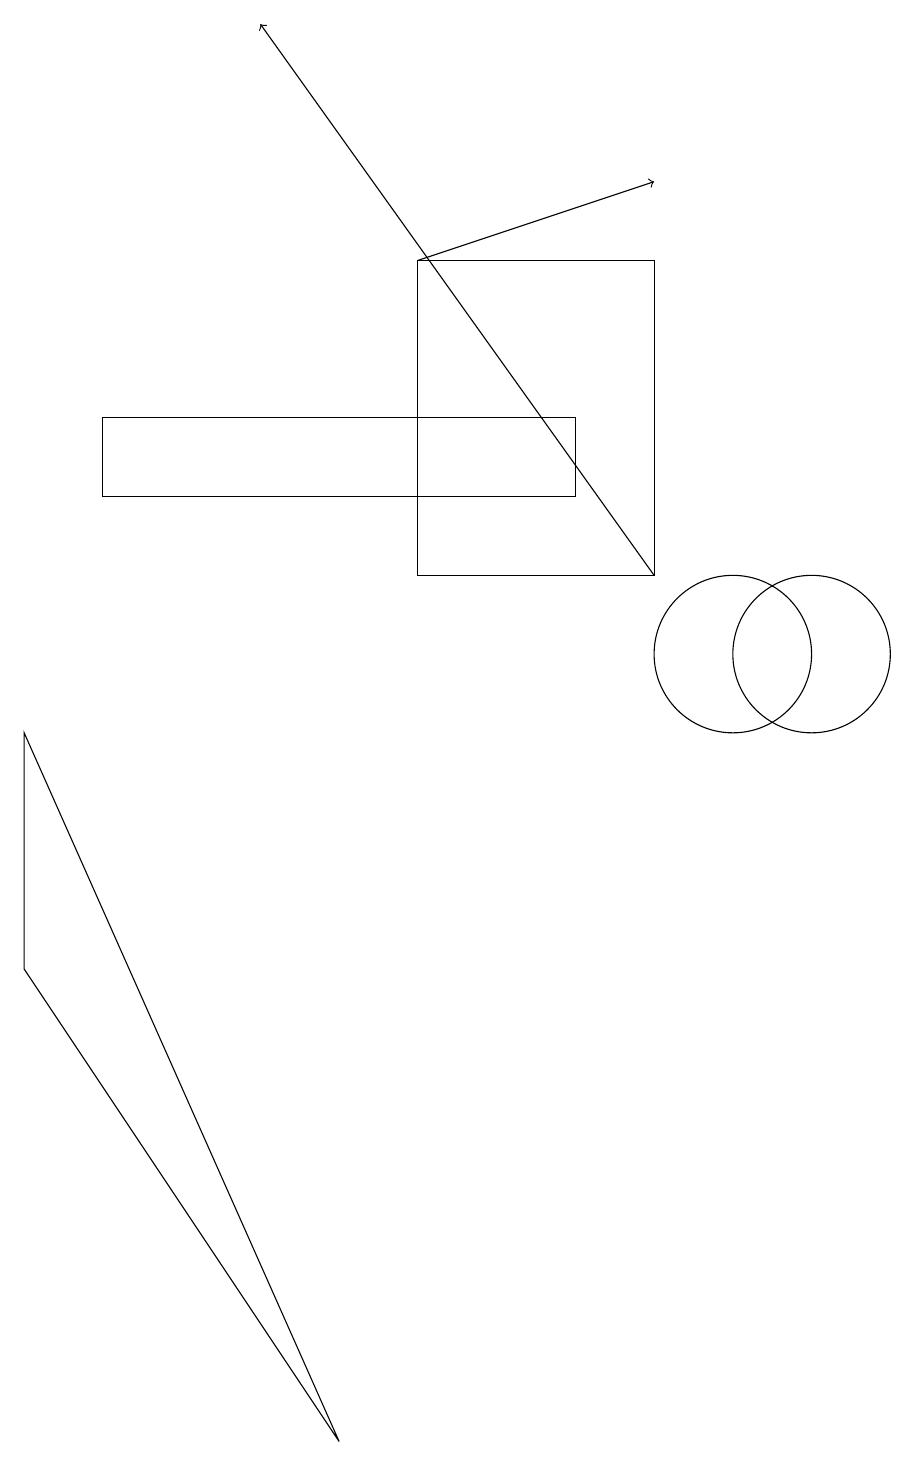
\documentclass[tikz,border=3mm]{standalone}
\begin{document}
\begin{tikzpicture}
\draw (1,9) -- (1,6) -- (5,0) -- cycle;
\draw[->] (9,11) -- (4,18);
\draw (10,10) circle (1);
\draw (11,10) circle (1);
\draw (9,15) rectangle (6,11);
\draw[->] (6,15) -- (9,16);
\draw (8,13) rectangle (2,12);
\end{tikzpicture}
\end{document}